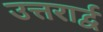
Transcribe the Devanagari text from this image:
उत्तरार्द्व